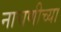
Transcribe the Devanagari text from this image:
नाचणीच्या